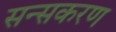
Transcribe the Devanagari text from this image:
सन्सकरण